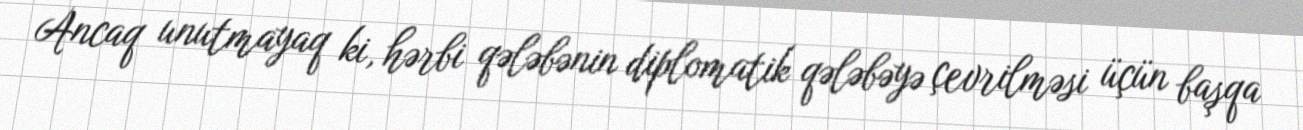
Ancaq unutmayaq ki, hərbi qələbənin diplomatik qələbəyə çevrilməsi üçün başqa